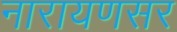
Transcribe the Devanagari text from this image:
नारायणसर